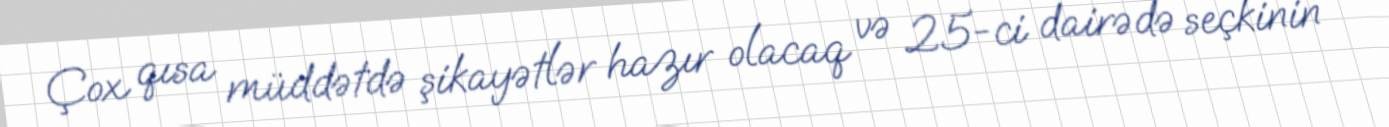
Çox qısa müddətdə şikayətlər hazır olacaq və 25-ci dairədə seçkinin